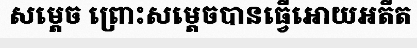
សម្តេច ព្រោះសម្តេចបានធ្វើអោយអតីត